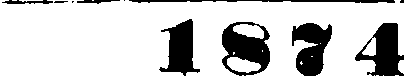
1874